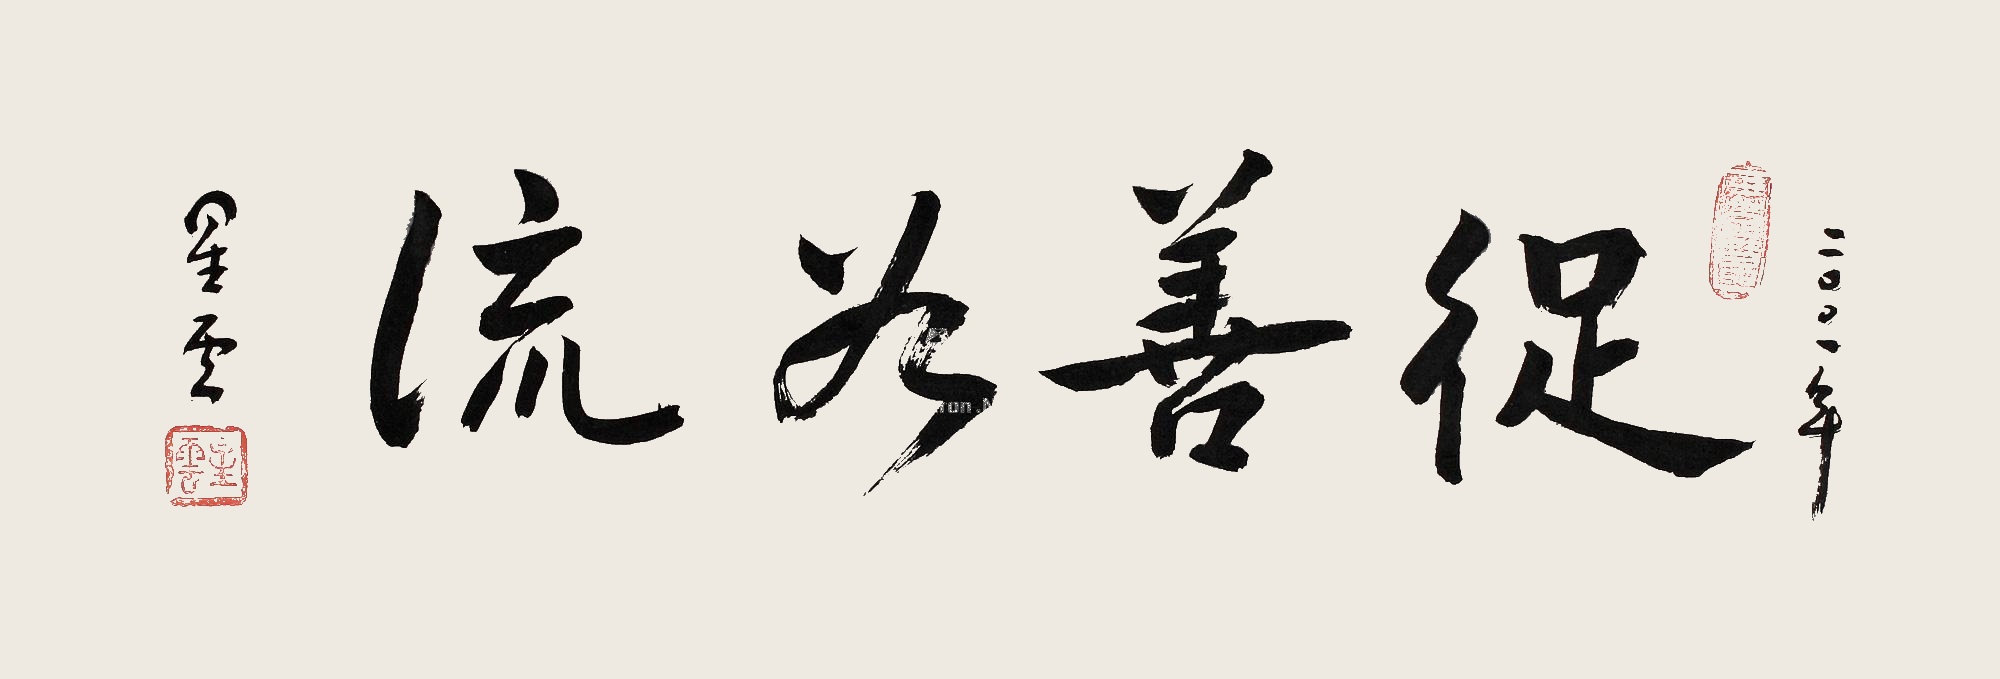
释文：从善为流。二零零一年，星云。